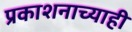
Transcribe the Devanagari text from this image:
प्रकाशनाच्याही